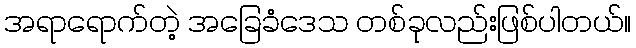
အရာရောက်တဲ့ အခြေခံဒေသ တစ်ခုလည်းဖြစ်ပါတယ်။